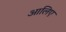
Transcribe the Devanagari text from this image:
आलिए